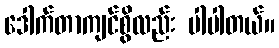
ဒေါက်တာကျင်စွိလည်း ပါပါတယ်။